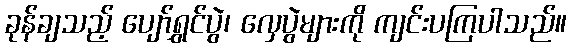
ခုန်ချသည့် ပျော်ရွှင်ပွဲ၊ လှေပွဲများကို ကျင်းပကြပါသည်။